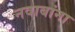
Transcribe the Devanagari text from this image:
नवाबांना